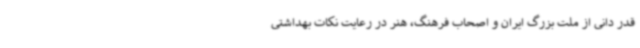
قدر دانی از ملت بزرگ ایران و اصحاب فرهنگ، هنر در رعایت نکات بهداشتی